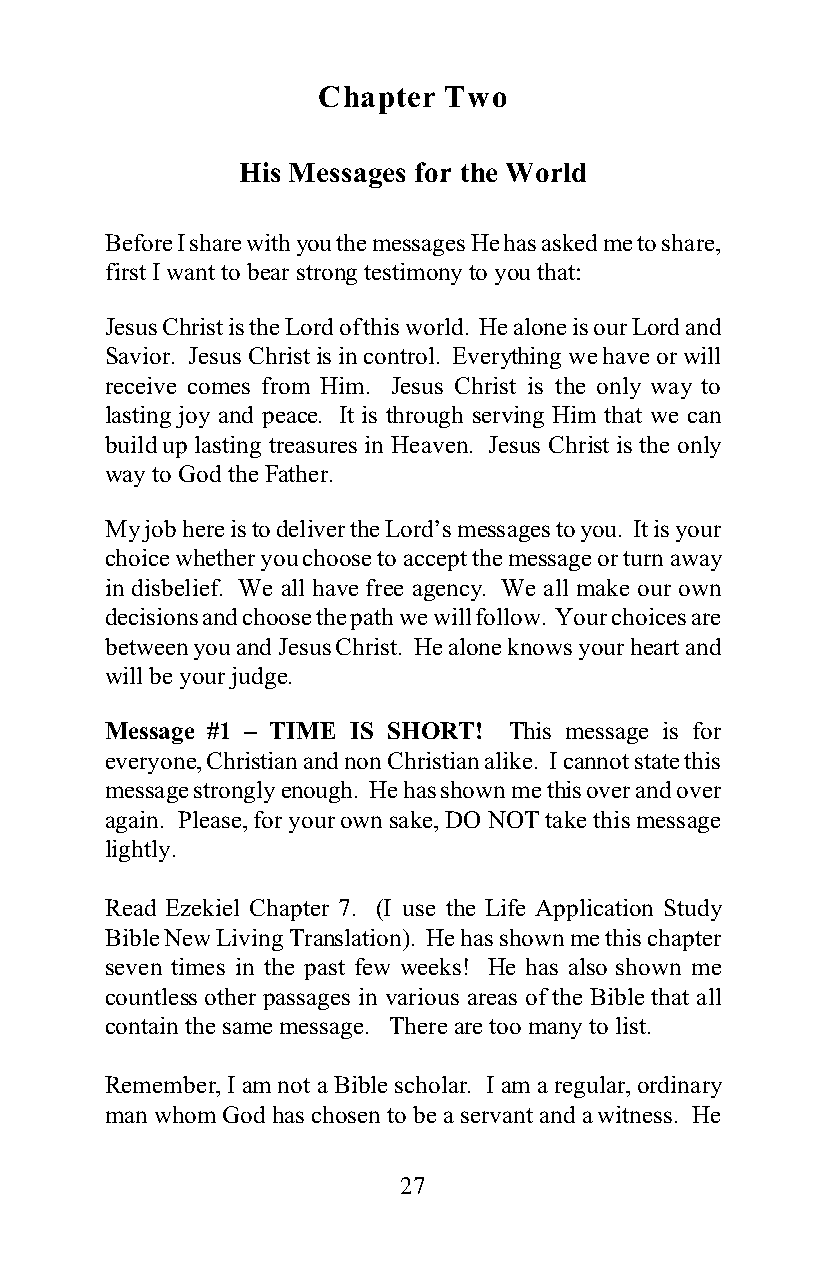
Chapter Two
 His Messages for the World
 Before I share with you the messages He has asked me to share,
 first I want to bear strong testimony to you that:
 Jesus Christ is the Lord of this world. He alone is our Lord and
 Savior. Jesus Christ is in control. Everything we have or will
 receive comes from Him. Jesus Christ is the only way to
 lasting joy and peace. It is through serving Him that we can
 build up lasting treasures in Heaven. Jesus Christ is the only
 way to God the Father.
 My job here is to deliver the Lord’s messages to you. It is your
 choice whether you choose to accept the message or turn away
 in disbelief. We all have free agency. We all make our own
 decisions and choose the path we will follow. Your choices are
 between you and Jesus Christ. He alone knows your heart and
 will be your judge.
 Message #1 – TIME IS SHORT! This message is for
 everyone, Christian and non Christian alike. I cannot state this
 message strongly enough. He has shown me this over and over
 again. Please, for your own sake, DO NOT take this message
 lightly.
 Read Ezekiel Chapter 7. (I use the Life Application Study
 Bible New Living Translation). He has shown me this chapter
 seven times in the past few weeks! He has also shown me
 countless other passages in various areas of the Bible that all
 contain the same message. There are too many to list.
 Remember, I am not a Bible scholar. I am a regular, ordinary
 man whom God has chosen to be a servant and a witness. He
 27